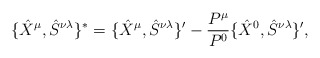
\begin{align*}\{\hat{X}^\mu , \hat{S}^{\nu \lambda }\}^*=\{\hat{X}^\mu , \hat{S}^{\nu \lambda }\}'-\frac{P^{\mu }}{P^0}\{\hat{X}^0 , \hat{S}^{\nu \lambda }\}',\end{align*}